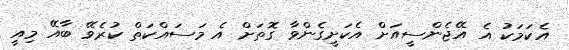
އެކަމަކު އެ އޭޖެންސީއަށް އެކަށީގެންވާ ގޮތަށް އެ މަސައްކަތް ކުރެވޭ ބާއޭ މިއީ